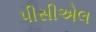
પીસીએલ